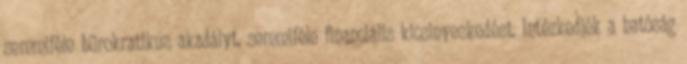
semmiféle bürokratikus akadályt, semmiféle financiális kicsinyeskedést. Intézkedjék a hatóság